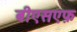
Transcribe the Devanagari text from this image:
बीएसएफ़